Plague in India, 1896, 1897 - Volume 1
Year: 1896
Disease focus: Plague
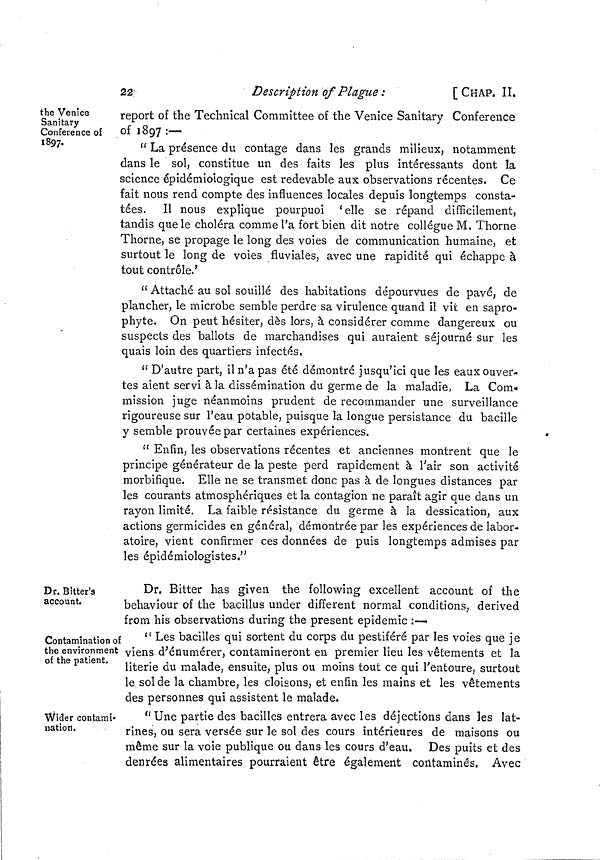
22
Description of Plague :
[ CHAP. II.
the Venice
Sanitary
Conference of
1897.
report of the Technical Committee of the Venice Sanitary Conference
of 1897 :—
" La présence du contage dans les grands milieux, notamment
dans le sol, constitue un des faits les plus intéressants dont la
science épidémioiogique est redevable aux observations récentes. Ce
fait nous rend compte des influences locales depuis longtemps consta-
tées. Il nous explique pourpuoi 'elle se répand difficilement,
tandis que le choléra comme l'a fort bien dit notre collègue M. Thorne
Thorne, se propage le long des voies de communication humaine, et
surtout le long de voies fluviales, avec une rapidité qui échappe à
tout contrôle.'
" Attaché au sol souillé des habitations dépourvues de pavé, de
plancher, le microbe semble perdre sa virulence quand il vit en sapro-
phyte. On peut hésiter, dès lors, à considérer comme dangereux ou
suspects des ballots de marchandises qui auraient séjourné sur les
quais loin des quartiers infectés.
" D'autre part, il n'a pas été démontré jusqu'ici que les eaux ouver-
tes aient servi à la dissémination du germe de la maladie, La Com-
mission juge néanmoins prudent de recommander une surveillance
rigoureuse sur l'eau potable, puisque la longue persistance du bacille
y semble prouvée par certaines expériences.
" Enfin, les observations récentes et anciennes montrent que le
principe générateur de la peste perd rapidement à l'air son activité
morbifique. Elle ne se transmet donc pas à de longues distances par
les courants atmosphériques et la contagion ne paraît agir que dans un
rayon limité. La faible résistance du germe à la dessication, aux
actions germicides en général, démontrée par les expériences de labor-
atoire, vient confirmer ces données de puis longtemps admises par
les épidémiologistes."
Dr. Bitter's
account.
Dr. Bitter has given the following excellent account of the
behaviour of the bacillus under different normal conditions, derived
from his observations during the present epidemic :—
Contamination of
the environment
of the patient.
" Les bacilles qui sortent du corps du pestiféré par les voies que je
viens d'énumérer, contamineront en premier lieu les vêtements et la
literie du malade, ensuite, plus ou moins tout ce qui l'entoure, surtout
le solde la chambre, les cloisons, et enfin les mains et les vêtements
des personnes qui assistent le malade.
Wider contami-
nation.
"Une partie des bacilles entrera avec les déjections dans les lat-
rines, ou sera versée sur le sol des cours intérieures de maisons ou
même sur la voie publique ou dans les cours d'eau. Des puits et des
denrées alimentaires pourraient être également contaminés. Avec